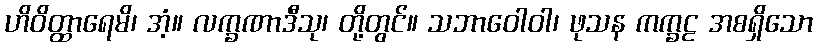
ဟိဝိတ္ထာရေမိ၊ အံ့။ လက္ခဏာဒီသု၊ တို့တွင်။ သဘာဝေါဝါ၊ ဖုသန ကက္ခဠ အစရှိသော